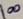
Text: 100